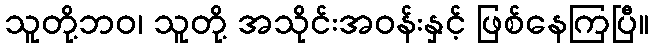
သူတို့ဘဝ၊ သူတို့ အသိုင်းအဝန်းနှင့် ဖြစ်နေကြပြီ။